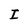
Character: I